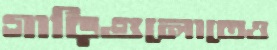
গাড়িগুলোতেও